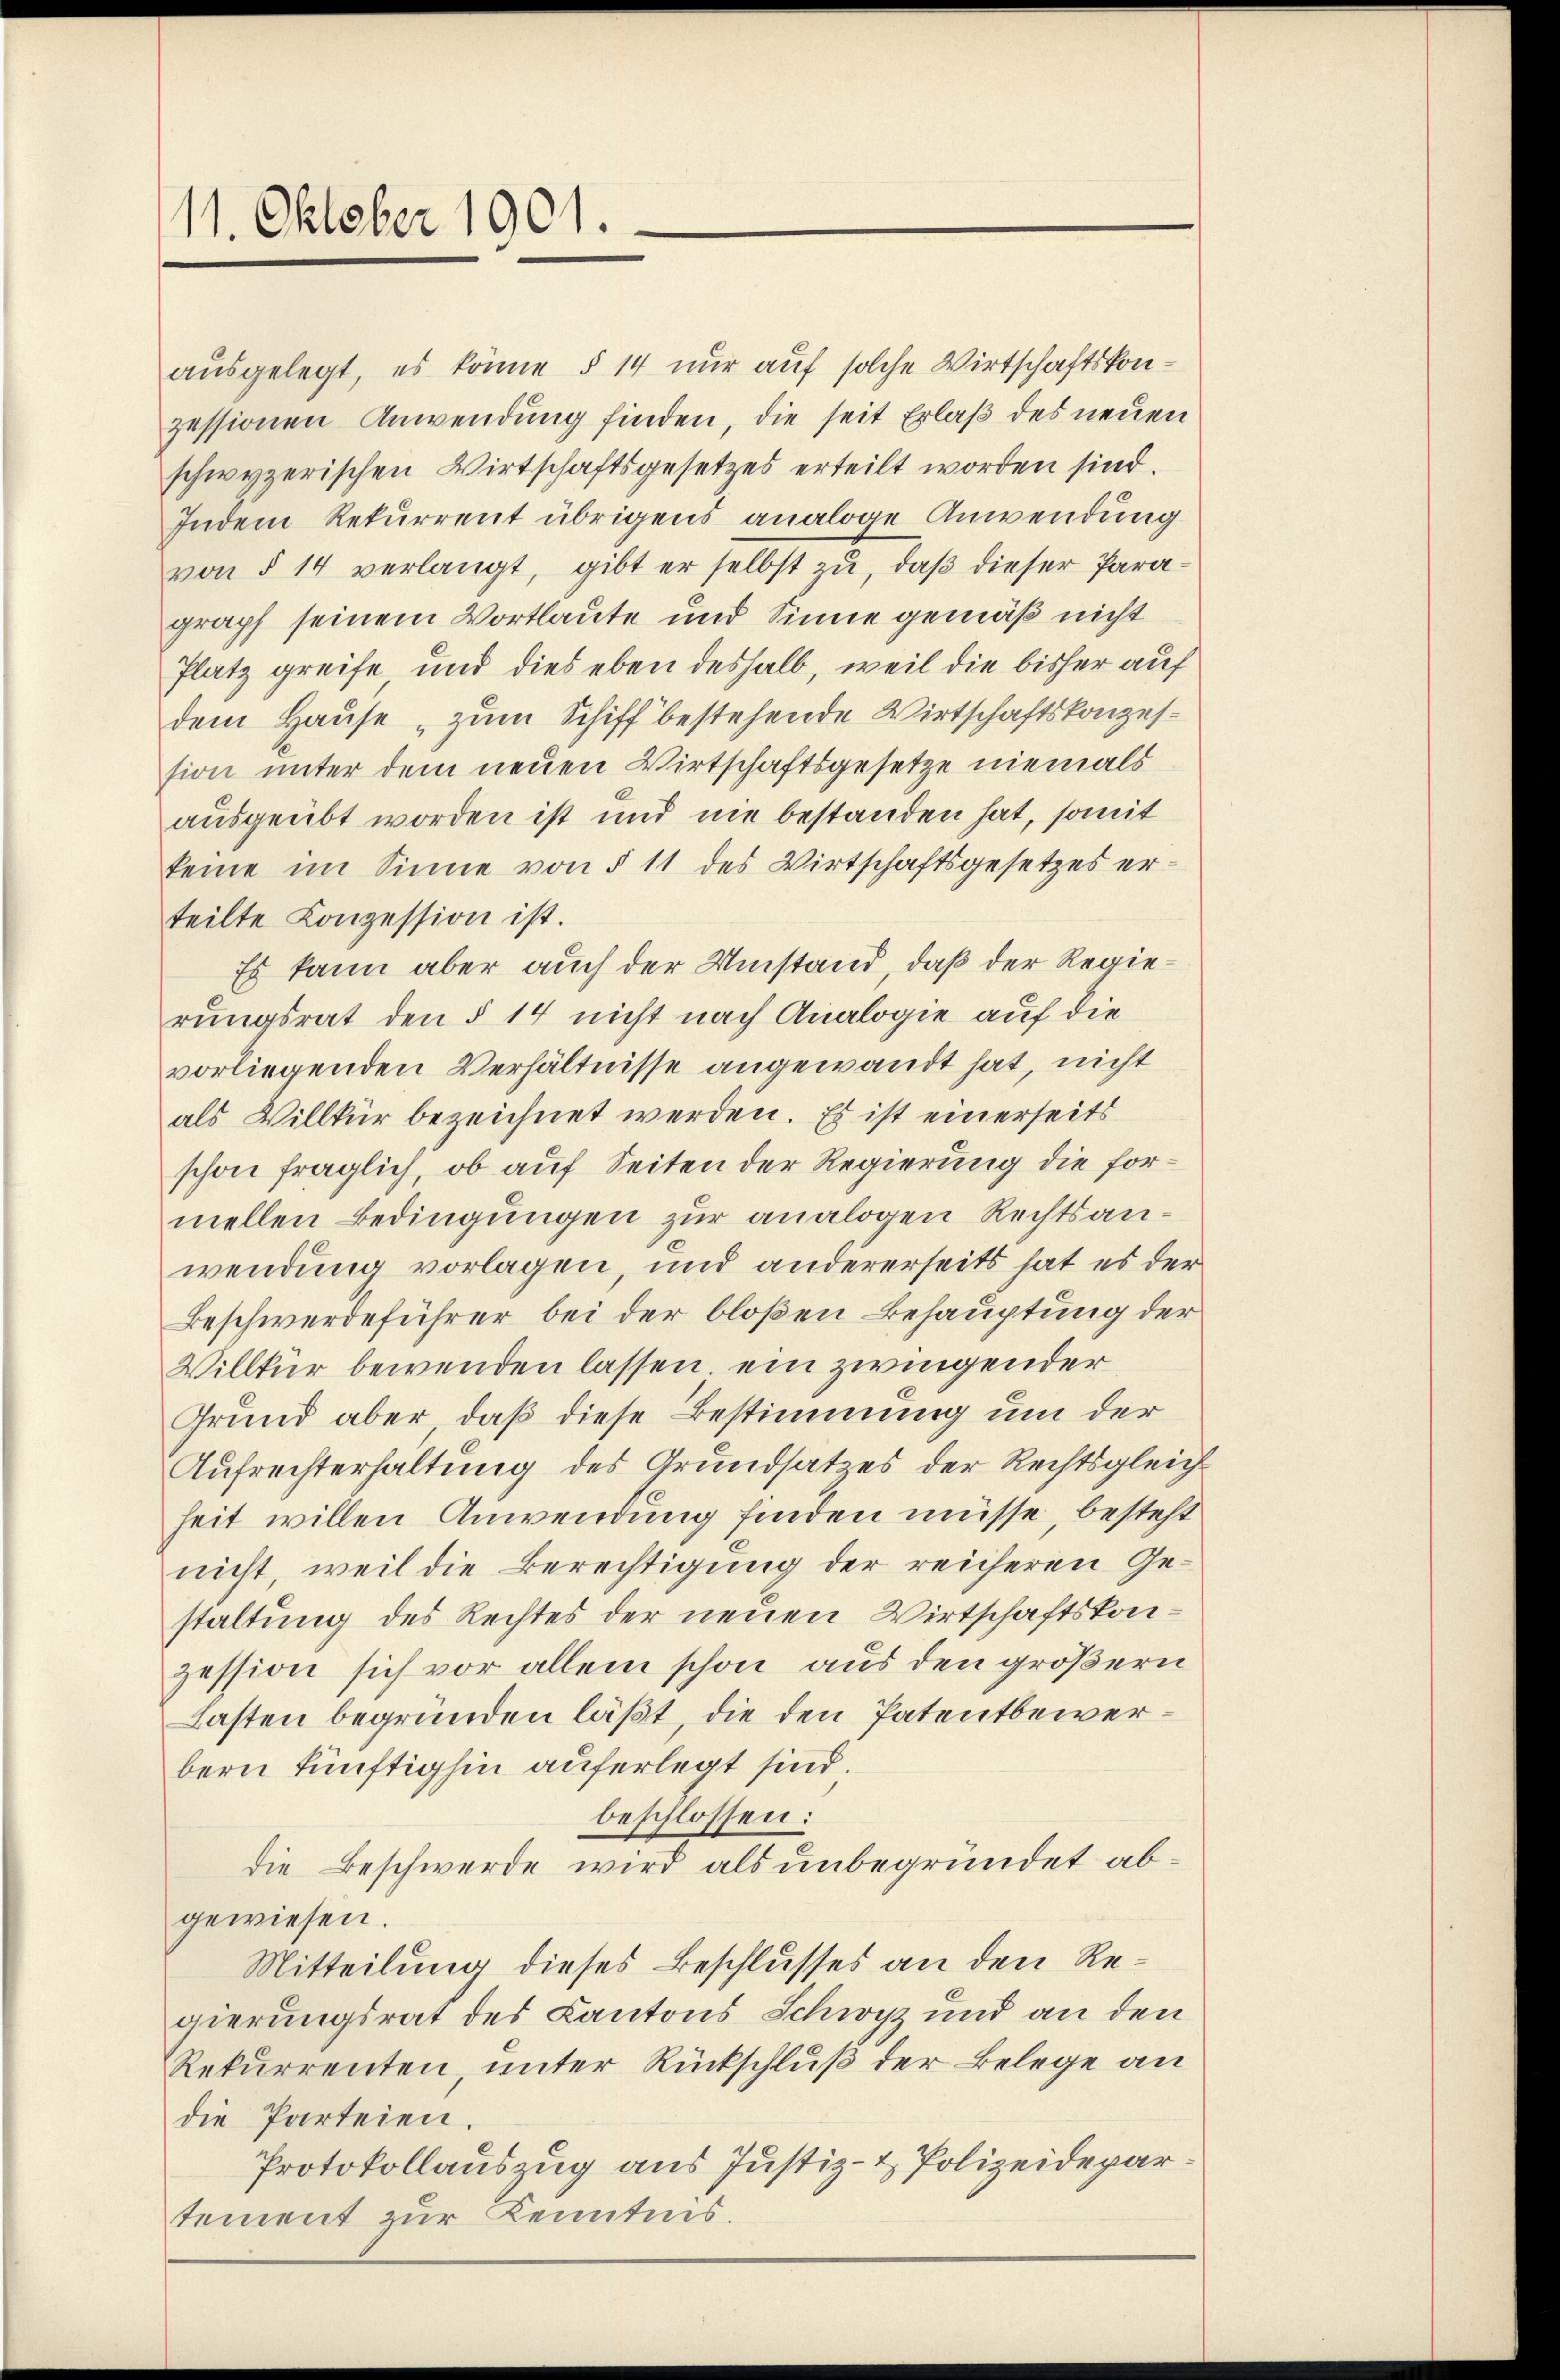
11. Oktober 1901.

ausgelegt, es könne § 14 nur auf solche Wirtschaftskonzessionen Anwendung finden, die seit Erlaß des neuen
schwyzerischen Wirtschaftsgesetzes erteilt worden sind.
Indem Rekurrent übrigens analoge Anwendung
von § 14 verlangt, gibt er selbst zu, daβ dieser Para-
graph seinem Wortlaute und Sinne gemäß nicht
Platz greife und dies eben deshalb, weil die bisher auf
dem Hause „zum Schiff bestehende Wirtschaftskonzession unter dem neuen Wirtschaftsgesetze niemals
ausgeübt worden ist und nie bestanden hat, somit
keine im Sinne von § 11 des Wirtschaftsgesetzes erteilte Conzession ist.
Es kann aber auch der Umstand, daß der Regierungsrat den § 14 nicht nach Analogie auf die
vorliegenden Verhältnisse angewandt hat, nicht
als Villkür bezeichnet werden. Es ist einerseits
schon fraglich, ob auf Seiten der Regierung die formellen Bedingungen zur analogen Rechtsanwendung vorlagen, und andererseits hat es der
Beschwerdeführer bei der bloßen Behauptung der
Villkür bewenden lassen, ein zwingender
Grund aber, daß diese Bestimmung um der
Aufrechterhaltung des Grundsatzes der Rechtsgleich
heit willen Anwendung finden müsse, besteht
nicht, weil die Berechtigung der reicheren Gestaltung des Rechtes der neuen Wirtschaftskonzession sich vor allein schon aus den größern
Lasten begründen läßt, die den Patentbewerbern künftighin auferlegt sind
beschlossen:
die Beschwerde wird als unbegründet abgewiesen.
Mitteilung dieses Beschlusses an den Regierungsrat des Kantons Schwyz und an den
Rekurrenten, unter Rückschluß der Belege an
die Parteien.
Protokollauszug aus Justiz- & Polizeidepartement zur Kenntnis.